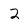
Character: 2